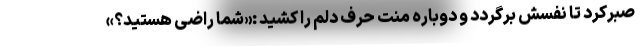
صبرکرد تا نفسش برگردد و دوباره منت حرف دلم را کشید :«شما راضی هستید؟»